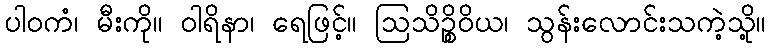
ပါဝကံ၊ မီးကို။ ဝါရိနာ၊ ရေဖြင့်။ ဩသိဉ္စိဝိယ၊ သွန်းလောင်းသကဲ့သို့။